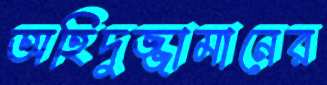
অহিদুজ্জামানের